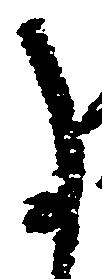
事